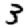
Digit: 3